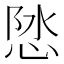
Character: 𪫽